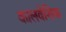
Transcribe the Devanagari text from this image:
कालवेशिक